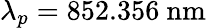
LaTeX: \lambda_{p}=852.356~\mathrm{nm}